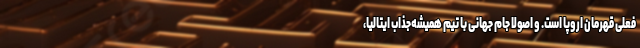
فعلی قهرمان اروپا است. و اصولا جام جهانی با تیم همیشه‌جذاب ایتالیا،